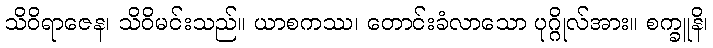
သိဝိရာဇေန၊ သိဝိမင်းသည်။ ယာစကဿ၊ တောင်းခံလာသော ပုဂ္ဂိုလ်အား။ စက္ခူနိ၊